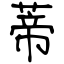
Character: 蒂